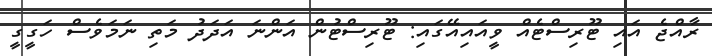
ރާއްޖެ އައި ޓޫރިސްޓެއް ވީއައިއޭގައި: ޓޫރިސްޓުން އަންނަ އަދަދު މަތި ނަމަވެސް ހަގީގީ